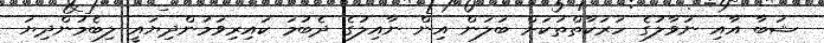
ޝަބާ އާއި ނަވާލުގެ ހަރަކާތްތަކަށް ބަލަން އިން ނާއިލުގެ ދެބުމަ ކައިރިވަމުންދިޔައީ ލިބެމުންދިޔަ